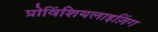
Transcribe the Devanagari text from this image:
प्रोविंशियलाइज़िंग